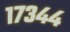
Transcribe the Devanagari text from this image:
१७३४४